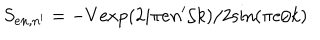
LaTeX: S _ { e n , n ^ { \prime } } = - V \mathrm { e x p } ( 2 i \pi e n ^ { \prime } / k ) / 2 \mathrm { s i n } ( \pi e / k )